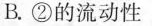
B.②的流动性